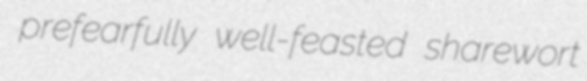
prefearfully well-feasted sharewort